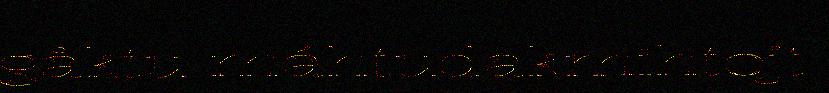
gåktu máhtudakmihtojt